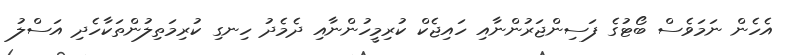
އެހެން ނަމަވެސް ބޯޓުގެ ފަސިންޖަރުންނާއި ހައިޖެކް ކުރިމީހުންނާއި ދެމެދު ހިނގި ކުރިމަތިލުންތަކާހެދި އަސްލު